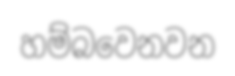
හම්බවෙනවන